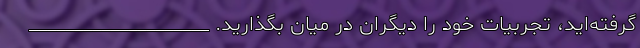
گرفته‌اید، تجربیات خود را دیگران در میان بگذارید. ____________________